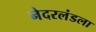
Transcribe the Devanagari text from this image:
नेदरलंडला